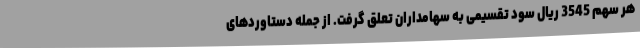
هر سهم 3545 ریال سود تقسیمی به سهامداران تعلق گرفت. از جمله دستاوردهای